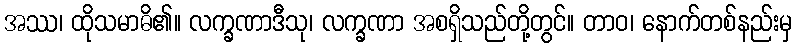
အဿ၊ ထိုသမာဓိ၏။ လက္ခဏာဒီသု၊ လက္ခဏာ အစရှိသည်တို့တွင်။ တာဝ၊ နောက်တစ်နည်းမှ